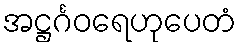
အဋ္ဌင်္ဂဝရေဟုပေတံ